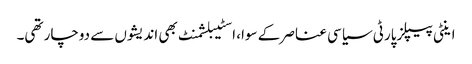
اینٹی پیپلزپارٹی سیاسی عناصر کے سوا، اسٹیبلشمنٹ بھی اندیشوں سے دوچار تھی۔